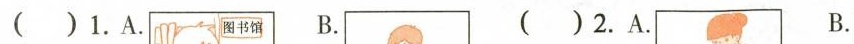
( )1.A. B. ( )2.A. B.